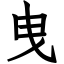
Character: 曳